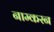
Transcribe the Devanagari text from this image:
नाम्करन